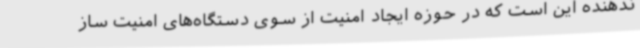
ندهنده این است که در حوزه ایجاد امنیت از سوی دستگاه‌های امنیت ساز